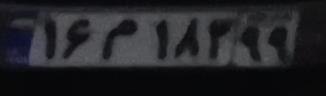
۱۶م۱۸۳۹۹